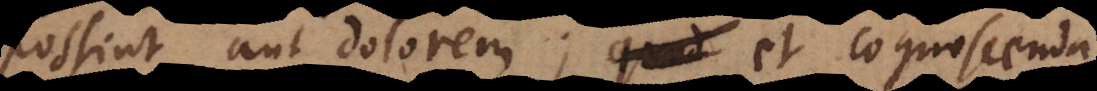
possint aut dolorem; et cognoscenda